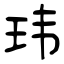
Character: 玮